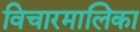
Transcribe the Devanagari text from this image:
विचारमालिका